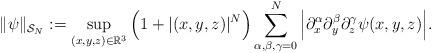
LaTeX: \begin{align*}\|\psi\|_{\mathcal S_N}:=\sup_{(x,y,z)\in\mathbb R^3} \Big( 1+ |(x,y,z)|^N \Big)\sum_{\alpha,\beta,\gamma=0}^N \Big| \partial_x^\alpha\partial_y^\beta\partial_z^\gamma\psi(x,y,z) \Big|.\end{align*}